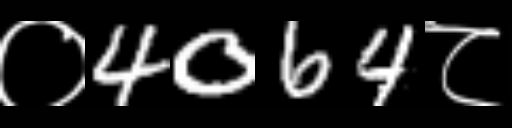
Text: ०4064८